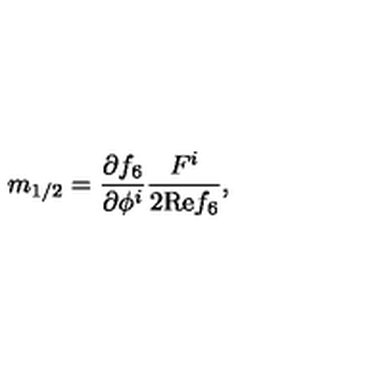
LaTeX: m _ { 1 / 2 } = \frac { \partial f _ { 6 } } { \partial \phi ^ { i } } \frac { F ^ { i } } { 2 \mathrm { R e } f _ { 6 } } ,